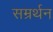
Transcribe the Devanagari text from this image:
सम्रर्थन